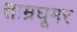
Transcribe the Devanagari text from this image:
ताम्रघूमर